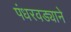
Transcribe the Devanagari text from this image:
पंधरवड्याने